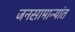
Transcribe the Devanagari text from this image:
जनसामान्यांत